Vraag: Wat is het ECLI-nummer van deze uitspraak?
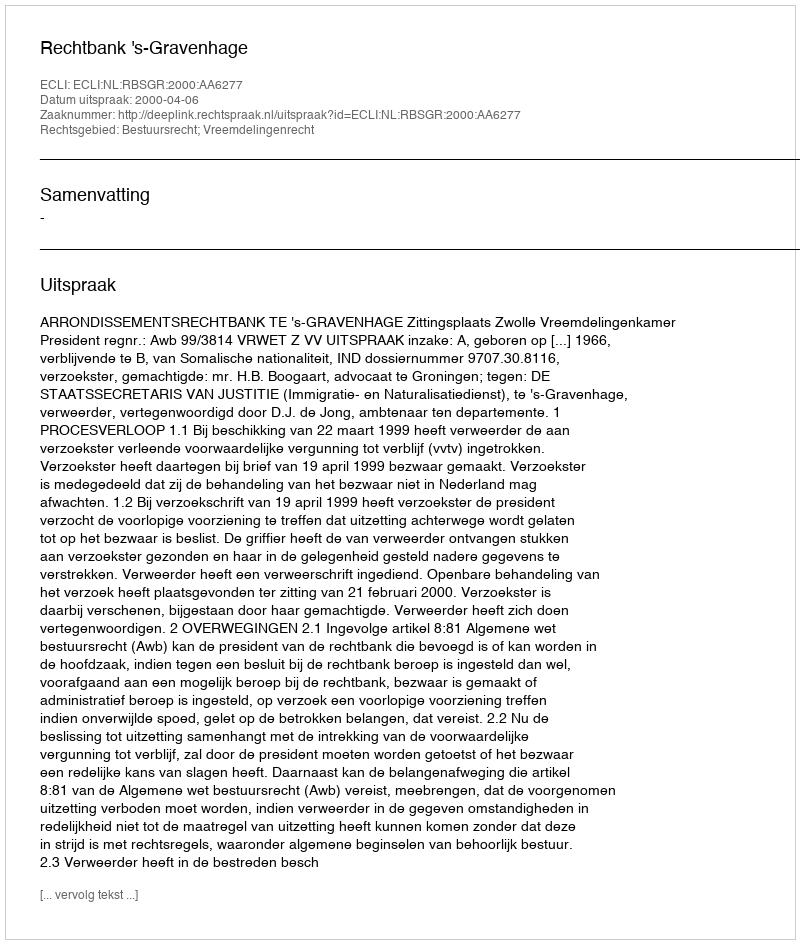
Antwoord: ECLI:NL:RBSGR:2000:AA6277